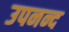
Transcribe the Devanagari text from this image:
उपनन्द